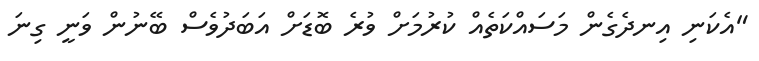
"އެކަނި އިނދެގެން މަސައްކަތެއް ކުރުމަށް ވުރެ ބޮޑަށް އަބަދުވެސް ބޭނުން ވަނީ ގިނަ